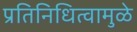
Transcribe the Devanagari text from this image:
प्रतिनिधित्वामुळे